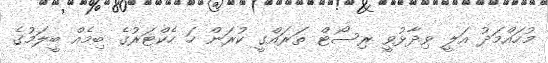
މުހައްމަދު އަލީ ވިދާޅުވީ ރިސޯޓް ތަރައްގީ ކުރަން ހަ ހެކްޓަރުގެ ބިމެއް ބީލަމުގެ